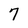
Character: 7